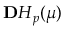
\ensuremath { \mathbf Ḋ H Ḍ } _ { p } ( \ensuremath { \boldsymbol Ḋ \mu Ḍ } )